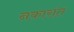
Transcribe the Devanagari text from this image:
नकारांत